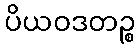
ပိယဝဒတဉ္စ